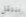
ننتقل